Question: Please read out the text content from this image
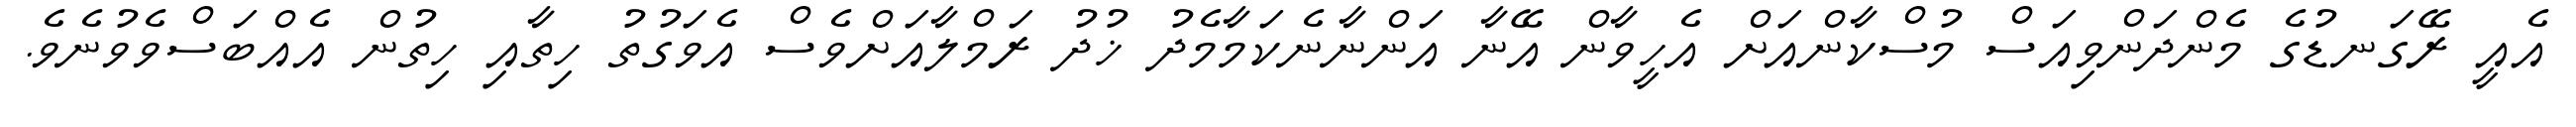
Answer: އެއީ ރޭގަނޑުގެ މެންދަންވިއަސް މުސްކާންއަށް އެހީވާން އޭނާ އަންނާނެކަމާމެދު ޚުދު ރަމްލާއަށްވެސް އެވަގުތު ހިތާއި ހިތުން އެއްބަސްވެވުނެވެ.